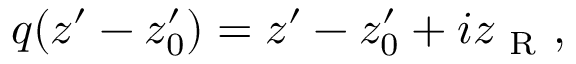
q ( z ^ { \prime } - z _ { 0 } ^ { \prime } ) = z ^ { \prime } - z _ { 0 } ^ { \prime } + i z _ { \mathrm { ~ R ~ } } ,